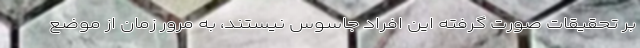
بر تحقیقات صورت گرفته این افراد جاسوس نیستند، به مرور زمان از موضع